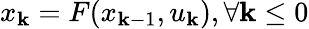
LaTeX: x_{\mathbf{k}}=F(x_{\mathbf{k}-1},u_{\mathbf{k}}),\forall\mathbf{k}\leq0